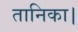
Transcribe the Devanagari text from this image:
तानिका।